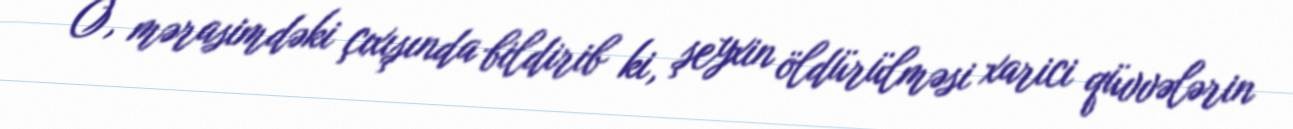
O, mərasimdəki çıxışında bildirib ki, şeyxin öldürülməsi xarici qüvvələrin